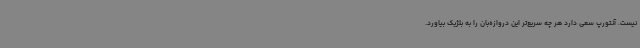
نیست. آنتورپ سعی دارد هر چه سریع‌تر این دروازه‌بان را به بلژیک بیاورد.